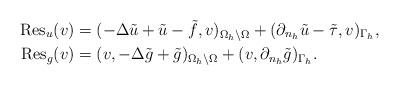
LaTeX: \begin{align*}\operatorname{Res}_u(v) &= (-\Delta\tilde u + \tilde u - \tilde f, v)_{\Omega_h \setminus \Omega} + (\partial_{n_h} \tilde u - \tilde\tau, v)_{\Gamma_h}, \\\operatorname{Res}_g(v) &= (v, -\Delta\tilde g + \tilde g)_{\Omega_h \setminus \Omega} + (v, \partial_{n_h} \tilde g)_{\Gamma_h}.\end{align*}